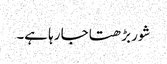
شور بڑھتا جا رہا ہے۔